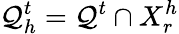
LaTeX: \mathcal Q_{h}^{t}=\mathcal Q^{t}\cap X_{r}^{h}